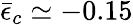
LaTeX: \bar{\epsilon}_{c}\simeq-0.15